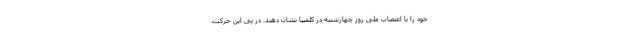
خود را با اعتصاب ملی روز چهارشنبه در کلمبیا نشان دهند. در پی این حرکت،